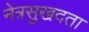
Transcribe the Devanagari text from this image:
नेत्रसुखदता